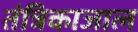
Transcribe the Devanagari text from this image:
तंत्रिकाजाल